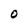
Character: O